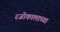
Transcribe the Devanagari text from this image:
रजोकालाच्या